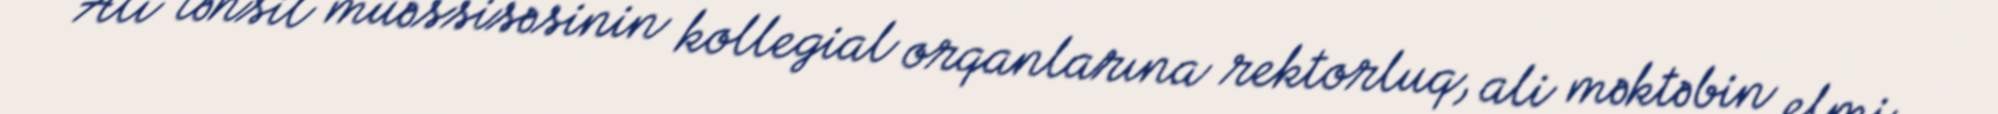
Ali təhsil müəssisəsinin kollegial orqanlarına rektorluq, ali məktəbin elmi